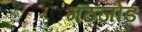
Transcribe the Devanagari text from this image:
गठजोड